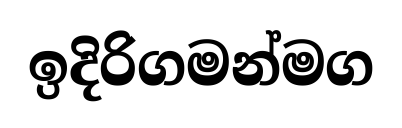
ඉදිරිගමන්මග